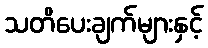
သတိပေးချက်များနှင့်